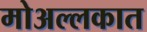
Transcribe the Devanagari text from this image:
मोअल्लकात